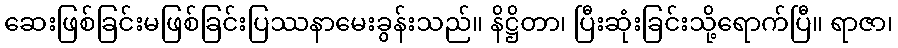
ဆေးဖြစ်ခြင်းမဖြစ်ခြင်းပြဿနာမေးခွန်းသည်။ နိဋ္ဌိတာ၊ ပြီးဆုံးခြင်းသို့ရောက်ပြီ။ ရာဇာ၊